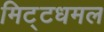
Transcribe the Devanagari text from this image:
मिट्टधमल